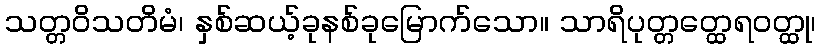
သတ္တဝိသတိမံ၊ နှစ်ဆယ့်ခုနစ်ခုမြောက်သော။ သာရိပုတ္တတ္ထေရဝတ္ထု၊